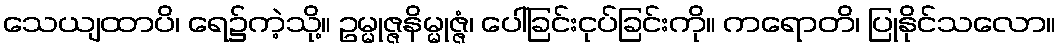
သေယျထာပိ၊ ရေ၌ကဲ့သို့။ ဥမ္မုဇ္ဇနိမ္မုဇ္ဇံ၊ ပေါ်ခြင်းငုပ်ခြင်းကို။ ကရောတိ၊ ပြုနိုင်သလော။